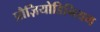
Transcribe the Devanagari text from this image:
प्रौज़ियोडिनियम